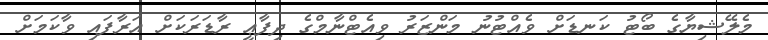
މެލޭޝިޔާގެ ބޯޓު ކަނޑަށް ވެއްޓުނު މަންޒަރު ވިއެޓްނާމްގެ ދިފާޢީ ރާޑަރަކަށް އަރާފައި ވާކަމަށް